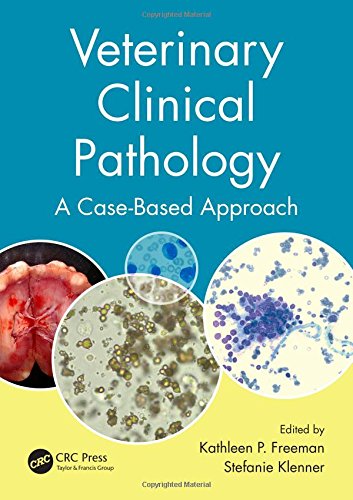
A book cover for Veterinary Clinical Pathology: A Case-Based Approach (Veterinary Self-Assessment Color Review); Medical Books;